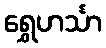
ရွှေဟင်္သာ